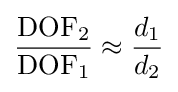
{\frac {\mathrm {DOF} _{2}}{\mathrm {DOF} _{1}}}\approx {\frac {d_{1}}{d_{2}}}